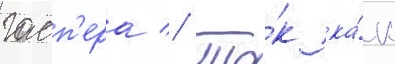
гасп'ера // Та́к ка́к